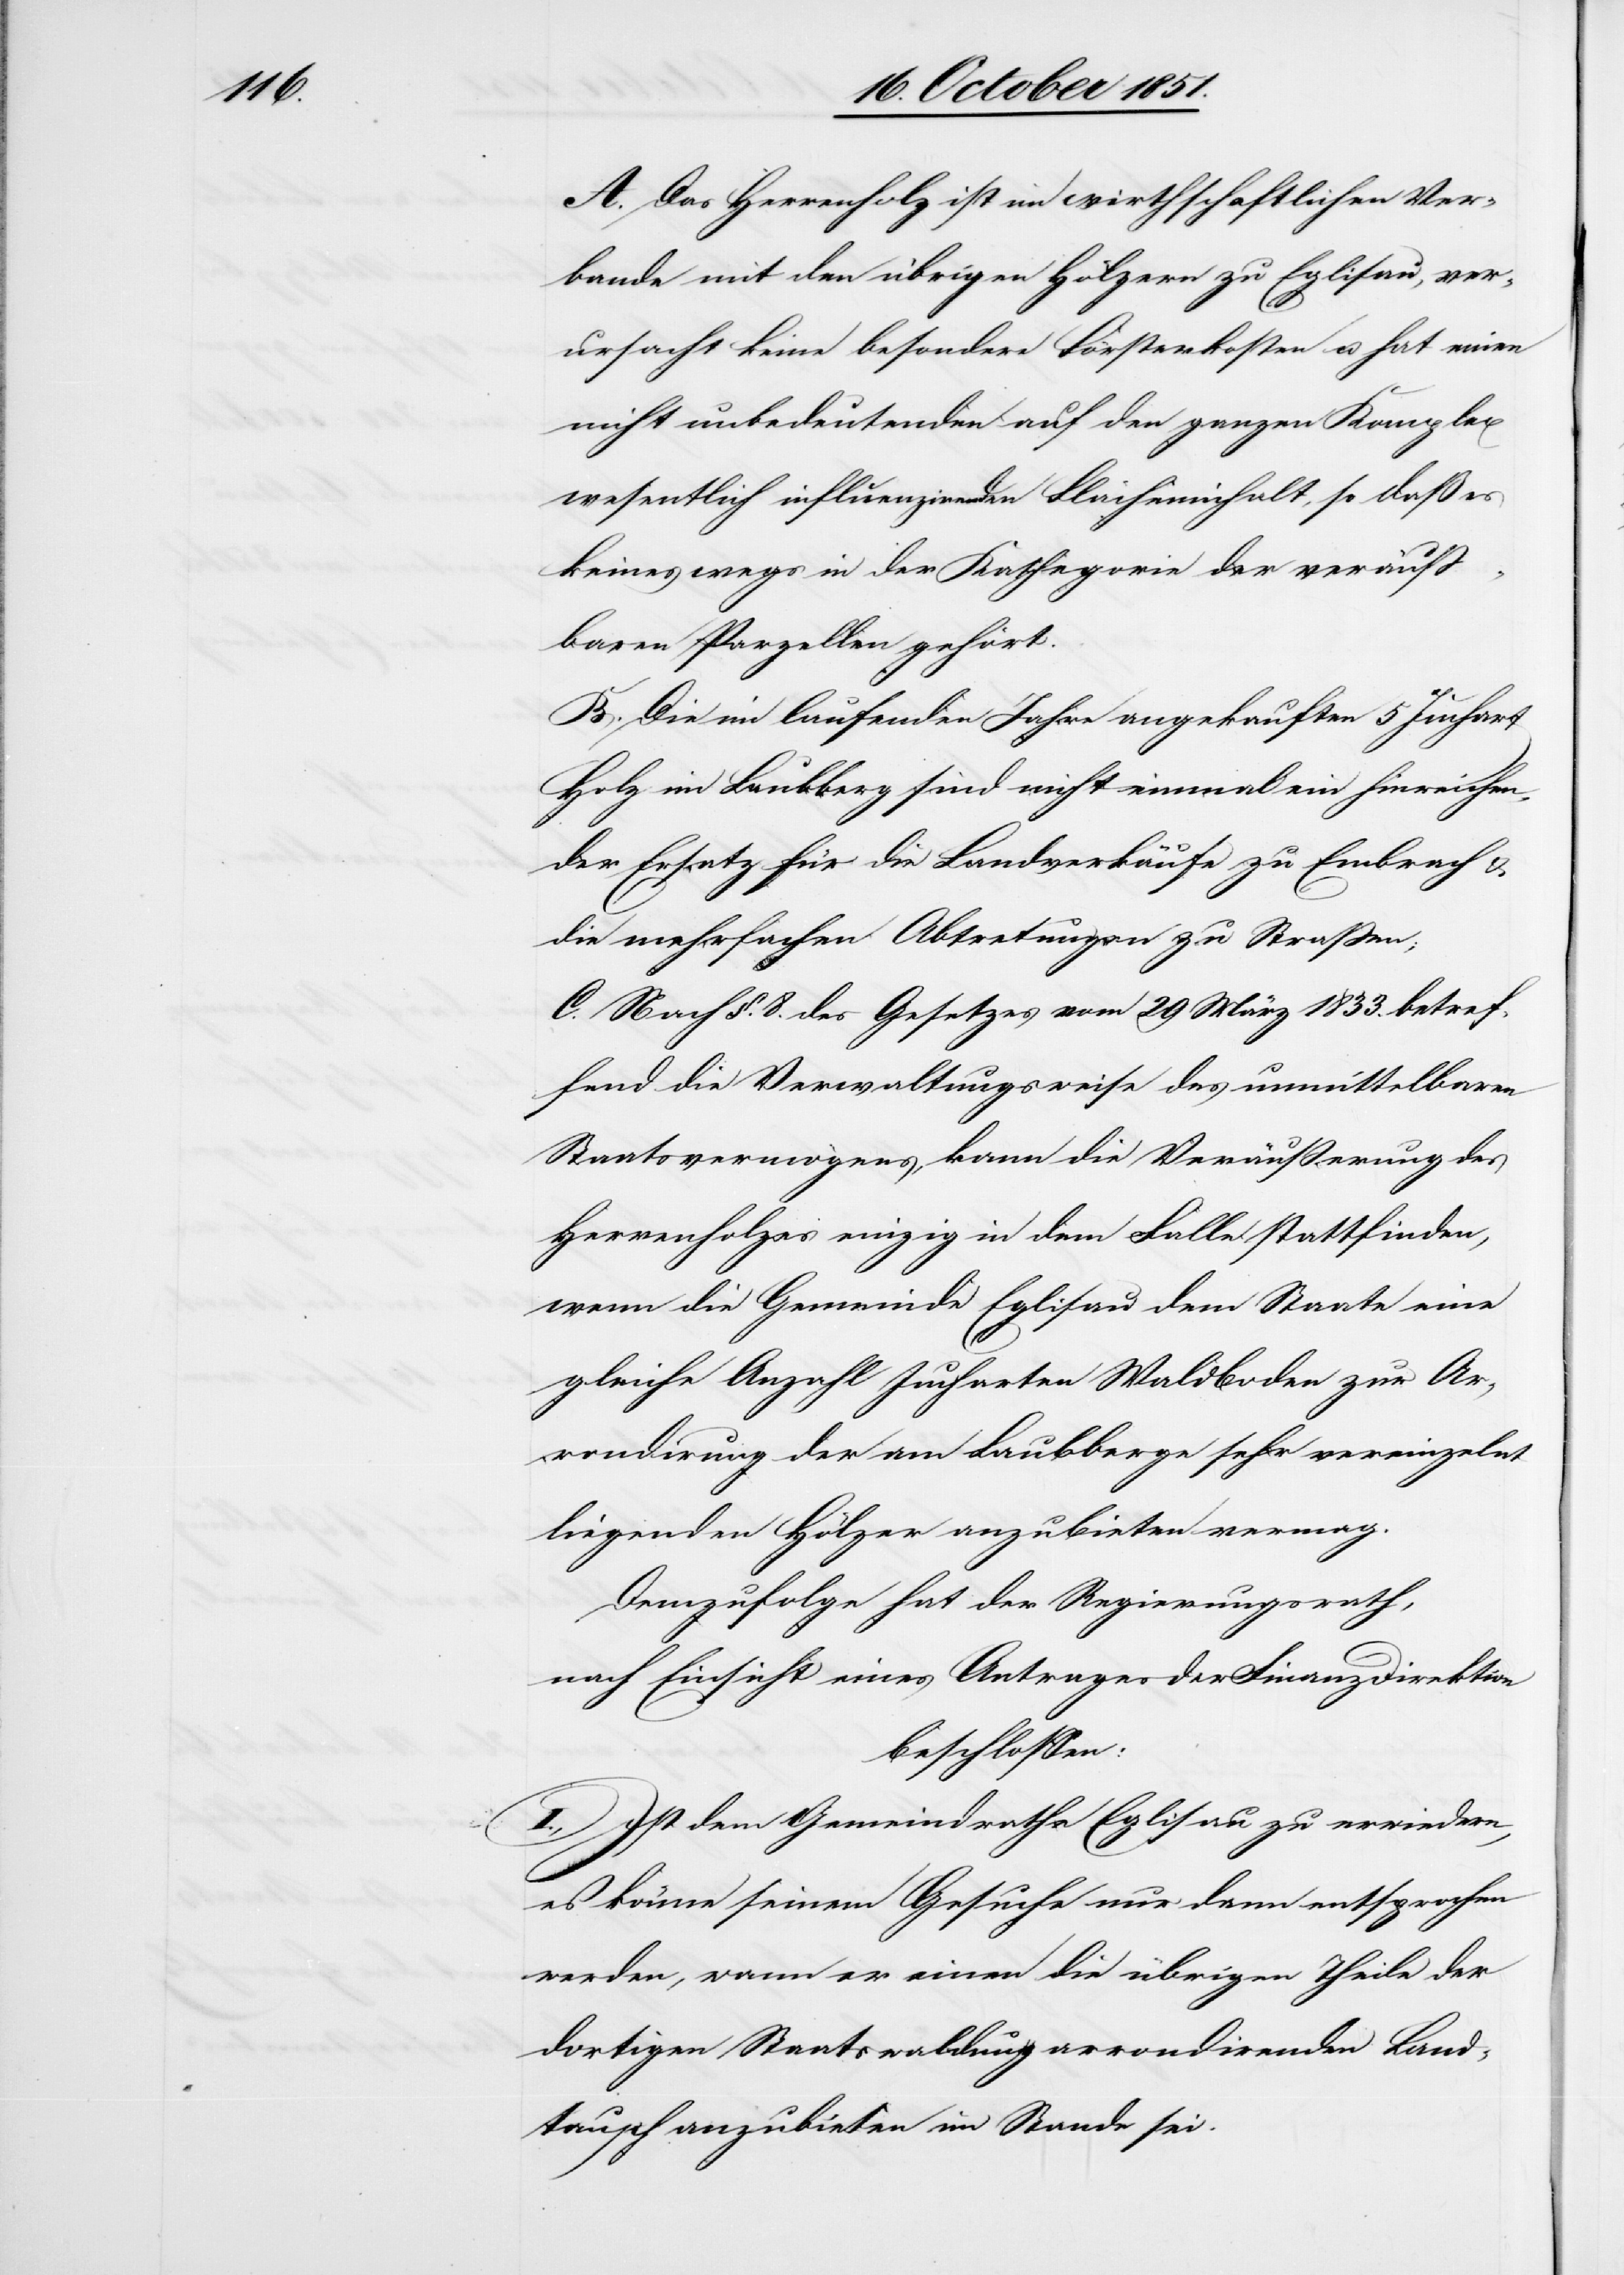
verä¬

uß[e¬

A. Das Herrenholz ist im wirthschaftlichen Ver¬
bande mit den übrigen Hölzern zu Eglisau, ver¬
ursacht keine besondere Försterkosten u. hat einen
nicht unbedeutenden auf den ganzen Komplex
wesentlich influenzirenden Flächeninhalt, so daß es
r]baren Parzellen gehört.
B. Die im laufenden Jahre angekauften 5 Juchart
Holz im Laubberg sind nicht einmal ein hinreichen¬
der Ersatz für die Landverkäufe zu Embrach &
die mehrfachen Abtretungen zu Straßen;
C. Nach §. 8. des Gesetzes vom 29 März 1833. betref¬
fend die Verwaltungsweise des unmittelbaren
Staatsvermögens, kann die Veräußerung des
Herrenholzes einzig in dem Falle stattfinden,
wenn die Gemeinde Eglisau dem Staate eine
gleiche Anzahl Jucharten Waldboden zur Ar¬
rondirung der am Laubberge sehr vereinzelnt
liegenden Hölzer anzubieten vermag.
Demzufolge hat der Regierungsrath,
nach Einsicht eines Antrages der Finanzdirektion
beschlossen:
I., Ist dem Gemeindrathe Eglisau zu erwiedern,
es könne seinem Gesuche nur dann entsprochen
werden, wann er einen die übrigen Theile der
dortigen Staatswaldung arrondirenden Land¬
tausch anzubieten im Stande sei.